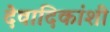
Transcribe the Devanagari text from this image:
देवादिकांशी